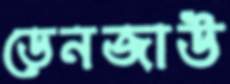
ডেনজাউ